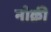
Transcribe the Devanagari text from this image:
नोक्री